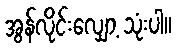
အွန်လိုင်းလျှော့ သုံးပါ။